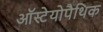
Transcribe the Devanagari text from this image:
ऑस्टेयोपैथिक